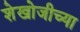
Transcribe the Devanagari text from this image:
शेखोजीच्या